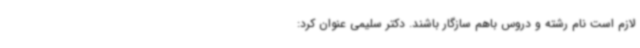
لازم است نام رشته و دروس باهم سازگار باشند. دکتر سلیمی عنوان کرد: